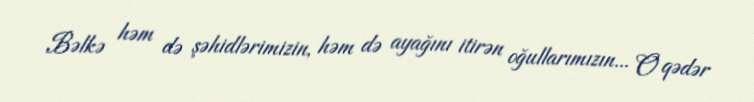
Bəlkə həm də şəhidlərimizin, həm də ayağını itirən oğullarımızın... O qədər